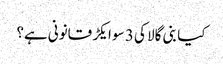
کیا بنی گالا کی 3 سو ایکڑ قانونی ہے؟